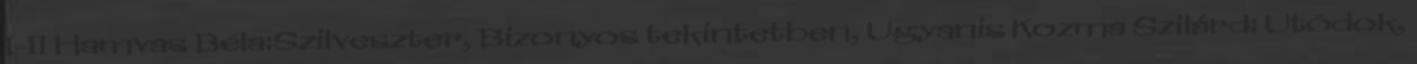
I-II Hamvas Béla:Szilveszter, Bizonyos tekintetben, Ugyanis Kozma Szilárd: Utódok,